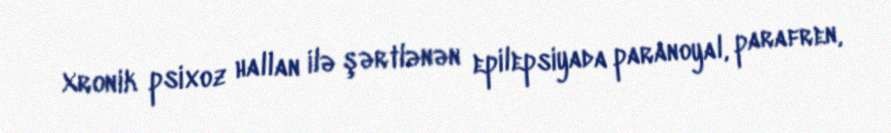
Xronik psixoz hallan ilə şərtlənən epilepsiyada paranoyal, parafren,